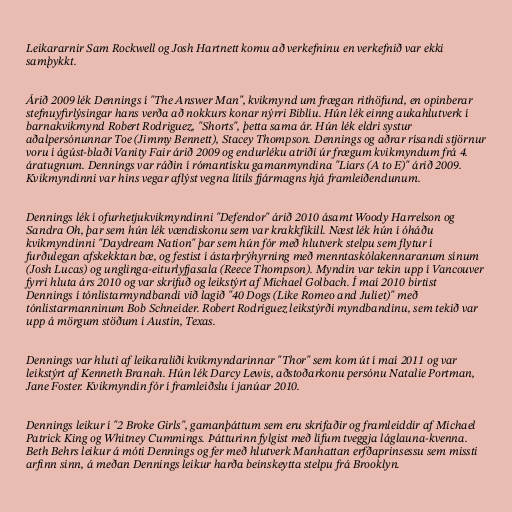
Leikararnir Sam Rockwell og Josh Hartnett komu að verkefninu en verkefnið var ekki
samþykkt.

Árið 2009 lék Dennings í "The Answer Man", kvikmynd um frægan rithöfund, en opinberar
stefnuyfirlýsingar hans verða að nokkurs konar nýrri Biblíu. Hún lék einng aukahlutverk í
barnakvikmynd Robert Rodriguez, "Shorts", þetta sama ár. Hún lék eldri systur
aðalpersónunnar Toe (Jimmy Bennett), Stacey Thompson. Dennings og aðrar rísandi stjörnur
voru í ágúst-blaði Vanity Fair árið 2009 og endurléku atriði úr frægum kvikmyndum frá 4.
áratugnum. Dennings var ráðin í rómantísku gamanmyndina "Liars (A to E)" árið 2009.
Kvikmyndinni var hins vegar aflýst vegna lítils fjármagns hjá framleiðendunum.

Dennings lék í ofurhetjukvikmyndinni "Defendor" árið 2010 ásamt Woody Harrelson og
Sandra Oh, þar sem hún lék vændiskonu sem var krakkfíkill. Næst lék hún í óháðu
kvikmyndinni "Daydream Nation" þar sem hún fór með hlutverk stelpu sem flytur í
furðulegan afskekktan bæ, og festist í ástarþrýhyrning með menntaskólakennaranum sínum
(Josh Lucas) og unglinga-eiturlyfjasala (Reece Thompson). Myndin var tekin upp í Vancouver
fyrri hluta árs 2010 og var skrifuð og leikstýrt af Michael Golbach. Í maí 2010 birtist
Dennings í tónlistarmyndbandi við lagið "40 Dogs (Like Romeo and Juliet)" með
tónlistarmanninum Bob Schneider. Robert Rodriguez leikstýrði myndbandinu, sem tekið var
upp á mörgum stöðum í Austin, Texas.

Dennings var hluti af leikaraliði kvikmyndarinnar "Thor" sem kom út í maí 2011 og var
leikstýrt af Kenneth Branah. Hún lék Darcy Lewis, aðstoðarkonu persónu Natalie Portman,
Jane Foster. Kvikmyndin fór í framleiðslu í janúar 2010.

Dennings leikur í "2 Broke Girls", gamanþáttum sem eru skrifaðir og framleiddir af Michael
Patrick King og Whitney Cummings. Þátturinn fylgist með lífum tveggja láglauna-kvenna.
Beth Behrs leikur á móti Dennings og fer með hlutverk Manhattan erfðaprinsessu sem missti
arfinn sinn, á meðan Dennings leikur harða beinskeytta stelpu frá Brooklyn.